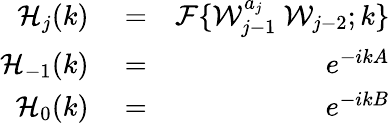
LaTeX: \begin{array}{rlr}{\mathcal{H}_{j}(k)}&{{}=}&{\mathcal{F}\{ \mathcal{W}_{j-1}^{a_{j}}\ \mathcal{W}_{j-2};k\} }\\ {\mathcal{H}_{-1}(k)}&{{}=}&{e^{-ikA}}\\ {\mathcal{H}_{0}(k)}&{{}=}&{e^{-ikB}}\end{array}